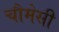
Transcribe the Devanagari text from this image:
चौमेसी